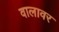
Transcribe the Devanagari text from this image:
वालावर